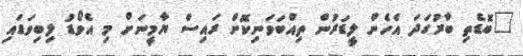
"ބޮޑެތި ބާރުގަދަ އެހެން ލީޑަރުން ތިއްބަވަނިކޮށް ރައިސް ޔާމީނަށް މި އެވޯޑު ލިބިވަޑައި